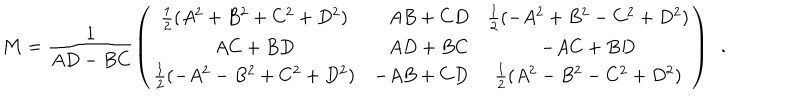
LaTeX: { \bf M } = \frac { 1 } { A D - B C } \left( \begin{array} { c r c } { { \frac { 1 } { 2 } ( { A ^ { 2 } } + { B ^ { 2 } } + { C ^ { 2 } } + { D ^ { 2 } } ) } } & { { A B + C D } } & { { \frac { 1 } { 2 } ( - { A ^ { 2 } } + { B ^ { 2 } } - { C ^ { 2 } } + { D ^ { 2 } } ) } } \\ { { A C + B D } } & { { A D + B C } } & { { - A C + B D } } \\ { { \frac { 1 } { 2 } ( - { A ^ { 2 } } - { B ^ { 2 } } + { C ^ { 2 } } + { D ^ { 2 } } ) } } & { { - A B + C D } } & { { \frac { 1 } { 2 } ( { A ^ { 2 } } - { B ^ { 2 } } - { C ^ { 2 } } + { D ^ { 2 } } ) } } \\ \end{array} \right) \, \, \, .